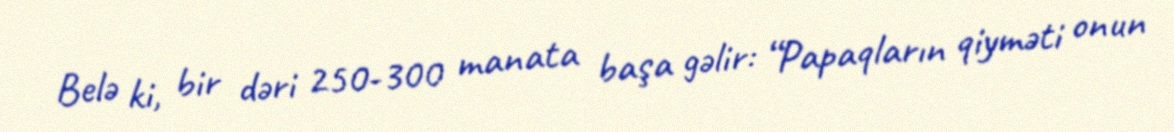
Belə ki, bir dəri 250-300 manata başa gəlir: “Papaqların qiyməti onun